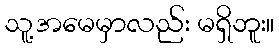
သူ့အမေမှာလည်း မရှိဘူး။